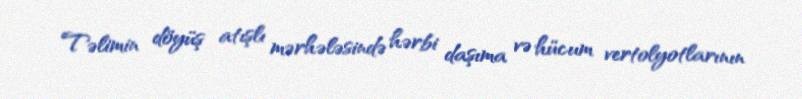
Təlimin döyüş atışlı mərhələsində hərbi daşıma və hücum vertolyotlarının